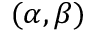
( \alpha , \beta )